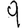
Digit: 9